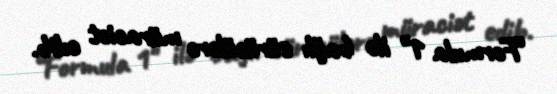
“Formula 1" ilə bağlı sürücülərə müraciət edib.